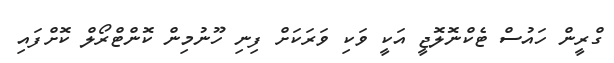
ގްރީން ހައުސް ޓެކްނޮލޮޖީ އަކީ ވަކި ވަރަކަށް ފިނި ހޫނުމިން ކޮންޓްރޯލް ކޮށްފައި